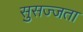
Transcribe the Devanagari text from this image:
सुसज्जता